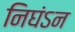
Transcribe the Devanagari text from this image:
निघंऽन